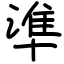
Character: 準